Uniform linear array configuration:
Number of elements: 16
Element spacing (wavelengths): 0.25
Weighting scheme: hann
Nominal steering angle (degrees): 30
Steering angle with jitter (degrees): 28.688
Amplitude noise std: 0.05
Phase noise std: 0.05

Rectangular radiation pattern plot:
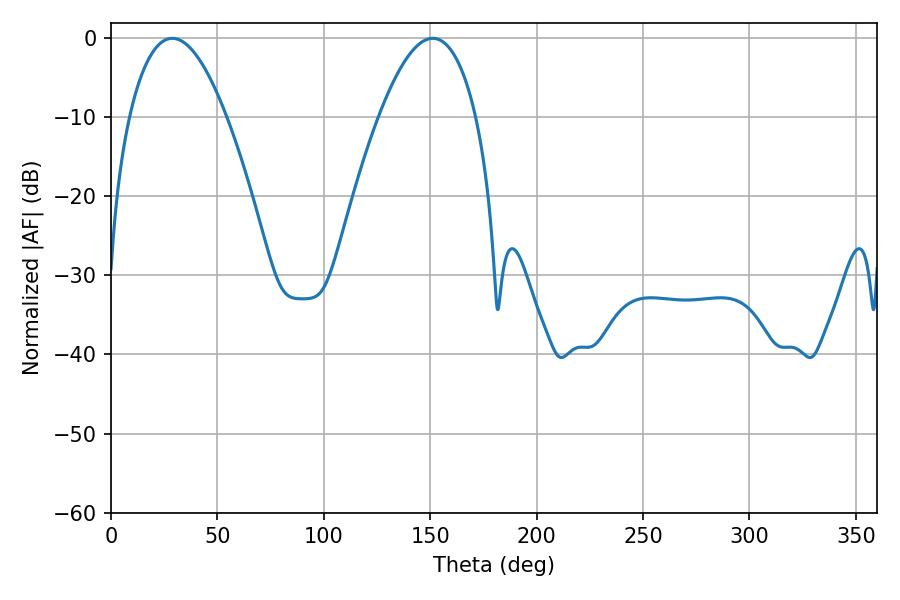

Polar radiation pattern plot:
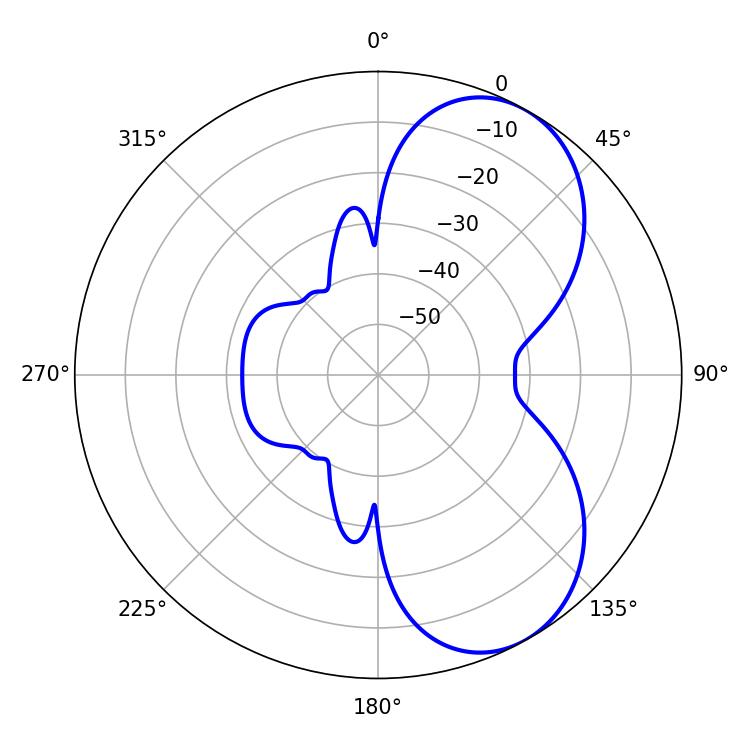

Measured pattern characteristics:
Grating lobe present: FALSE
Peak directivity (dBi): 6.308
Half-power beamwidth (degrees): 25.02
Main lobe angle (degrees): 28.8